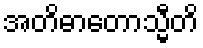
အတိဓာတောသ္မီတိ